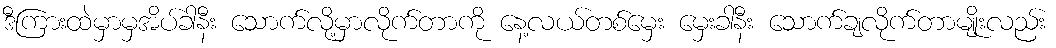
ဒီကြားထဲမှာမှအိပ်ခါနီး သောက်လို့မှာလိုက်တာကို နေ့လယ်တစ်မှေး မှေးခါနီး သောက်ချလိုက်တာမျိုးလည်း